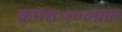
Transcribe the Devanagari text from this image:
क्रमशः१००ग्राम